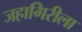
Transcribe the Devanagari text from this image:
जहागिरीला